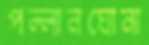
পল্লানঘোনা